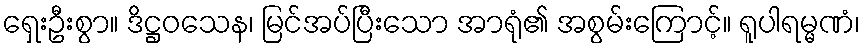
ရှေးဦးစွာ။ ဒိဋ္ဌဝသေန၊ မြင်အပ်ပြီးသော အာရုံ၏ အစွမ်းကြောင့်။ ရူပါရမ္မဏံ၊